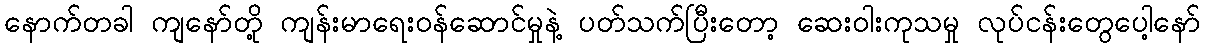
နောက်တခါ ကျနော်တို့ ကျန်းမာရေးဝန်ဆောင်မှုနဲ့ ပတ်သက်ပြီးတော့ ဆေးဝါးကုသမှု လုပ်ငန်းတွေပေါ့နော်